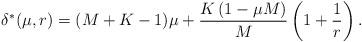
LaTeX: \begin{align*}\delta^*(\mu,r) = (M+K-1)\mu + \frac{K\left(1 - \mu M\right)}{M}\left(1 + \frac{1}{r} \right).\end{align*}